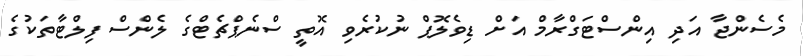
މެސެންޖާ އަދި އިންސްޓަގްރާމް އަށް ޑިވެލޮޕް ނުކުރެވި އޮތީ ސްނެޕްޗެޓްގެ ލެންސް ފިލްޓާތަކުގެ